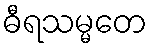
ဓီရသမ္မတေ